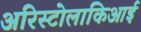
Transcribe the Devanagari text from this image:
अरिस्टोलाकिआई